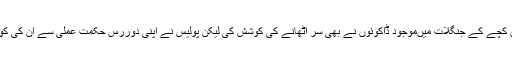
لاک ڈائون کے دوران کچے کے جنگلات میںموجود ڈاکوئوں نے بھی سر اٹھانے کی کوشش کی لیکن پولیس نے اپنی دوررس حکمت عملی سے ان کی کوششوں کو ناکام بنادیا۔